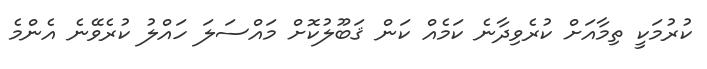
ކުރުމަކީ ތިމާއަށް ކުރެވިދާނެ ކަމެއް ކަން ޤަބޫލުކޮށް މައްސަލަ ހައްލު ކުރެވޭނެ އެންމެ